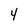
Character: 4